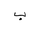
Letter: _ba